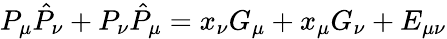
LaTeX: P_{\mu}\hat{P}_{\nu}+P_{\nu}\hat{P}_{\mu}=x_{\nu}G_{\mu}+x_{\mu}G_{\nu}+E_{\mu\nu}